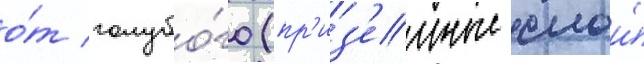
о́т голубо́го (пр'из'емные слои́